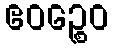
ဧဝဉ္စေဝ